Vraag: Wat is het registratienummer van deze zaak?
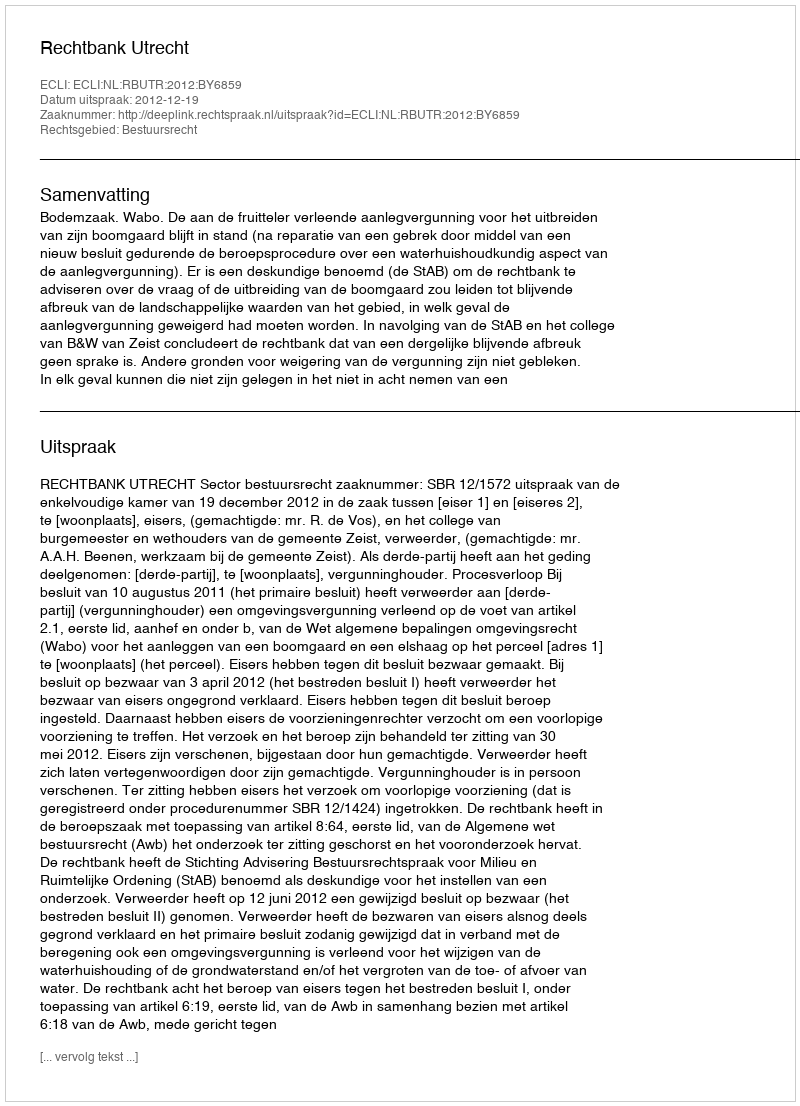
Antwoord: http://deeplink.rechtspraak.nl/uitspraak?id=ECLI:NL:RBUTR:2012:BY6859